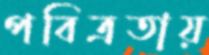
পবিত্রতায়